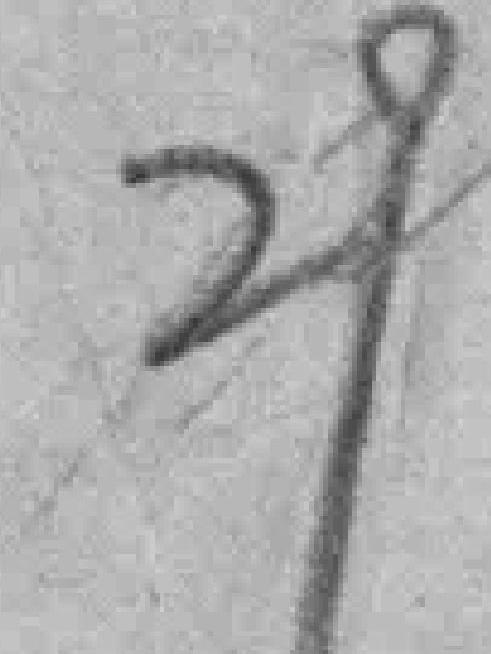
29